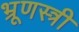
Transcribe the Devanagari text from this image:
भ्रूणस्त्री